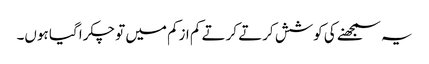
یہ سمجھنے کی کوشش کرتے کرتے کم ازکم میں تو چکرا گیا ہوں۔